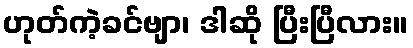
ဟုတ်ကဲ့ခင်ဗျာ၊ ဒါဆို ပြီးပြီလား။